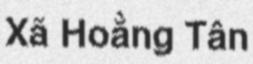
Xã Hoằng Tân